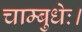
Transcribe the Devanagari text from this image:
चाम्बुधेः।